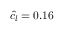
\hat { c _ { l } } = 0 . 1 6